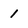
Character: 1